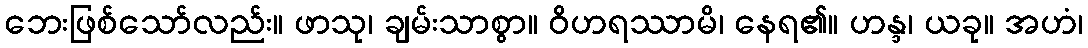
ဘေးဖြစ်သော်လည်း။ ဖာသု၊ ချမ်းသာစွာ။ ဝိဟရဿာမိ၊ နေရ၏။ ဟန္ဒ၊ ယခု။ အဟံ၊